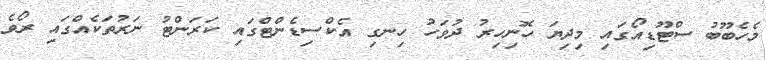
މެހެބޫބު ސްޓޫޑިއޯގައި މިދިޔަ ހޮނިހިރު ދުވަހު ހިނގި އެކްސިޑެންޓްގައި ކަރަންޓު ނަރުތަކެއްގައި ރޯވެ